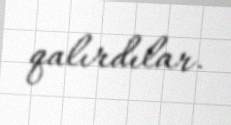
qalırdılar.